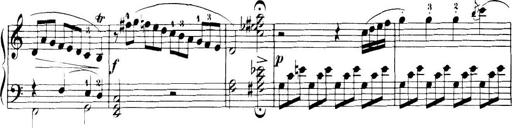
Title: 32 Sonatinas and Rondos for the Piano
Composer: Richard Kleinmichel